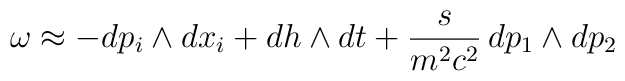
\omega\approx-dp_i\wedge{}dx_i+dh\wedge{}dt+\frac{s}{m^2c^2}\,dp_1\wedge{}dp_2